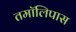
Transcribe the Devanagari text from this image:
तमॉलिपास